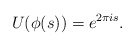
\begin{align*}U(\phi(s)) = e^{ 2 \pi i s}.\end{align*}